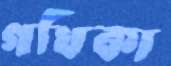
গথিকা